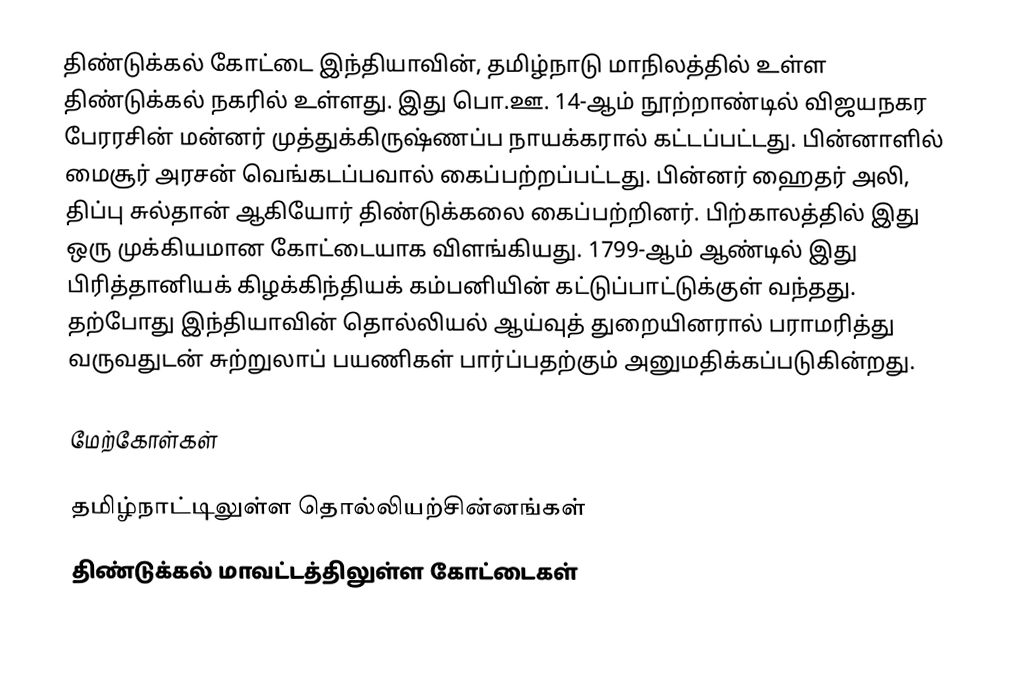
திண்டுக்கல் கோட்டை இந்தியாவின், தமிழ்நாடு மாநிலத்தில் உள்ள திண்டுக்கல் நகரில் உள்ளது. இது பொ.ஊ. 14-ஆம் நூற்றாண்டில் விஜயநகர பேரரசின் மன்னர் முத்துக்கிருஷ்ணப்ப நாயக்கரால் கட்டப்பட்டது. பின்னாளில் மைசூர் அரசன் வெங்கடப்பவால் கைப்பற்றப்பட்டது. பின்னர் ஹைதர் அலி, திப்பு சுல்தான் ஆகியோர் திண்டுக்கலை கைப்பற்றினர். பிற்காலத்தில் இது ஒரு முக்கியமான கோட்டையாக விளங்கியது. 1799-ஆம் ஆண்டில் இது பிரித்தானியக் கிழக்கிந்தியக் கம்பனியின் கட்டுப்பாட்டுக்குள் வந்தது. தற்போது  இந்தியாவின் தொல்லியல் ஆய்வுத் துறையினரால் பராமரித்து வருவதுடன் சுற்றுலாப் பயணிகள் பார்ப்பதற்கும் அனுமதிக்கப்படுகின்றது.

மேற்கோள்கள்

தமிழ்நாட்டிலுள்ள தொல்லியற்சின்னங்கள்
திண்டுக்கல் மாவட்டத்திலுள்ள கோட்டைகள்